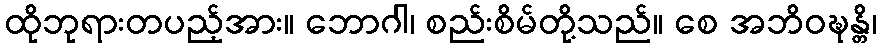
ထိုဘုရားတပည့်အား။ ဘောဂါ၊ စည်းစိမ်တို့သည်။ စေ အဘိဝဍ္ဎန္တိ၊